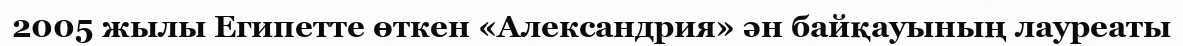
2005 жылы Египетте өткен «Александрия» ән байқауының лауреаты